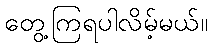
တွေ့ကြရပါလိမ့်မယ်။